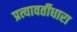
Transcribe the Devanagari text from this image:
प्रत्यावर्तीधारा